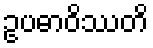
ဥပဓာဝိဿတိ